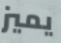
يميز